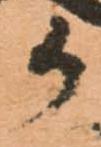
か